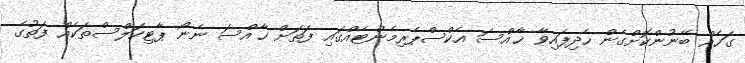
ގަހެއް ބޭނުންކޮށްގެން ހެދިފައިވާ ޚާއްސަ އެކްސްޕެރިމެންޓެއްގައި ފަތަށް ޚާއްސަ ނެނޯ ޕާޓިކަލްސްތަކެއް ފަތުގެ